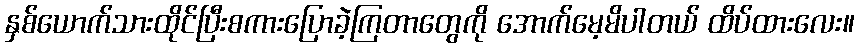
နှစ်ယောက်သားထိုင်ပြီးစကားပြောခဲ့ကြတာတွေကို အောက်မေ့မိပါတယ် ထိပ်ထားလေး။